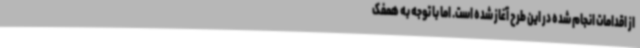
از اقدامات انجام شده در این طرح آغاز شده است. اما با توجه به همفک